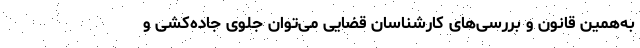
به‌همین قانون و بررسی‌های کارشناسان قضایی می‌توان جلوی جاده‌کشی و